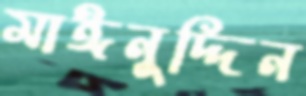
মাঈনুদ্দিন